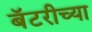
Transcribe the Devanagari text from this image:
बॅटरीच्या